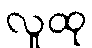
လူထု